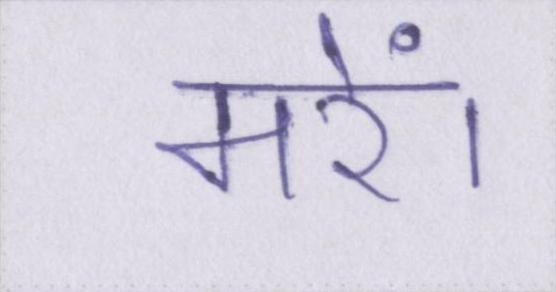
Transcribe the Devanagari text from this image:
मरें।